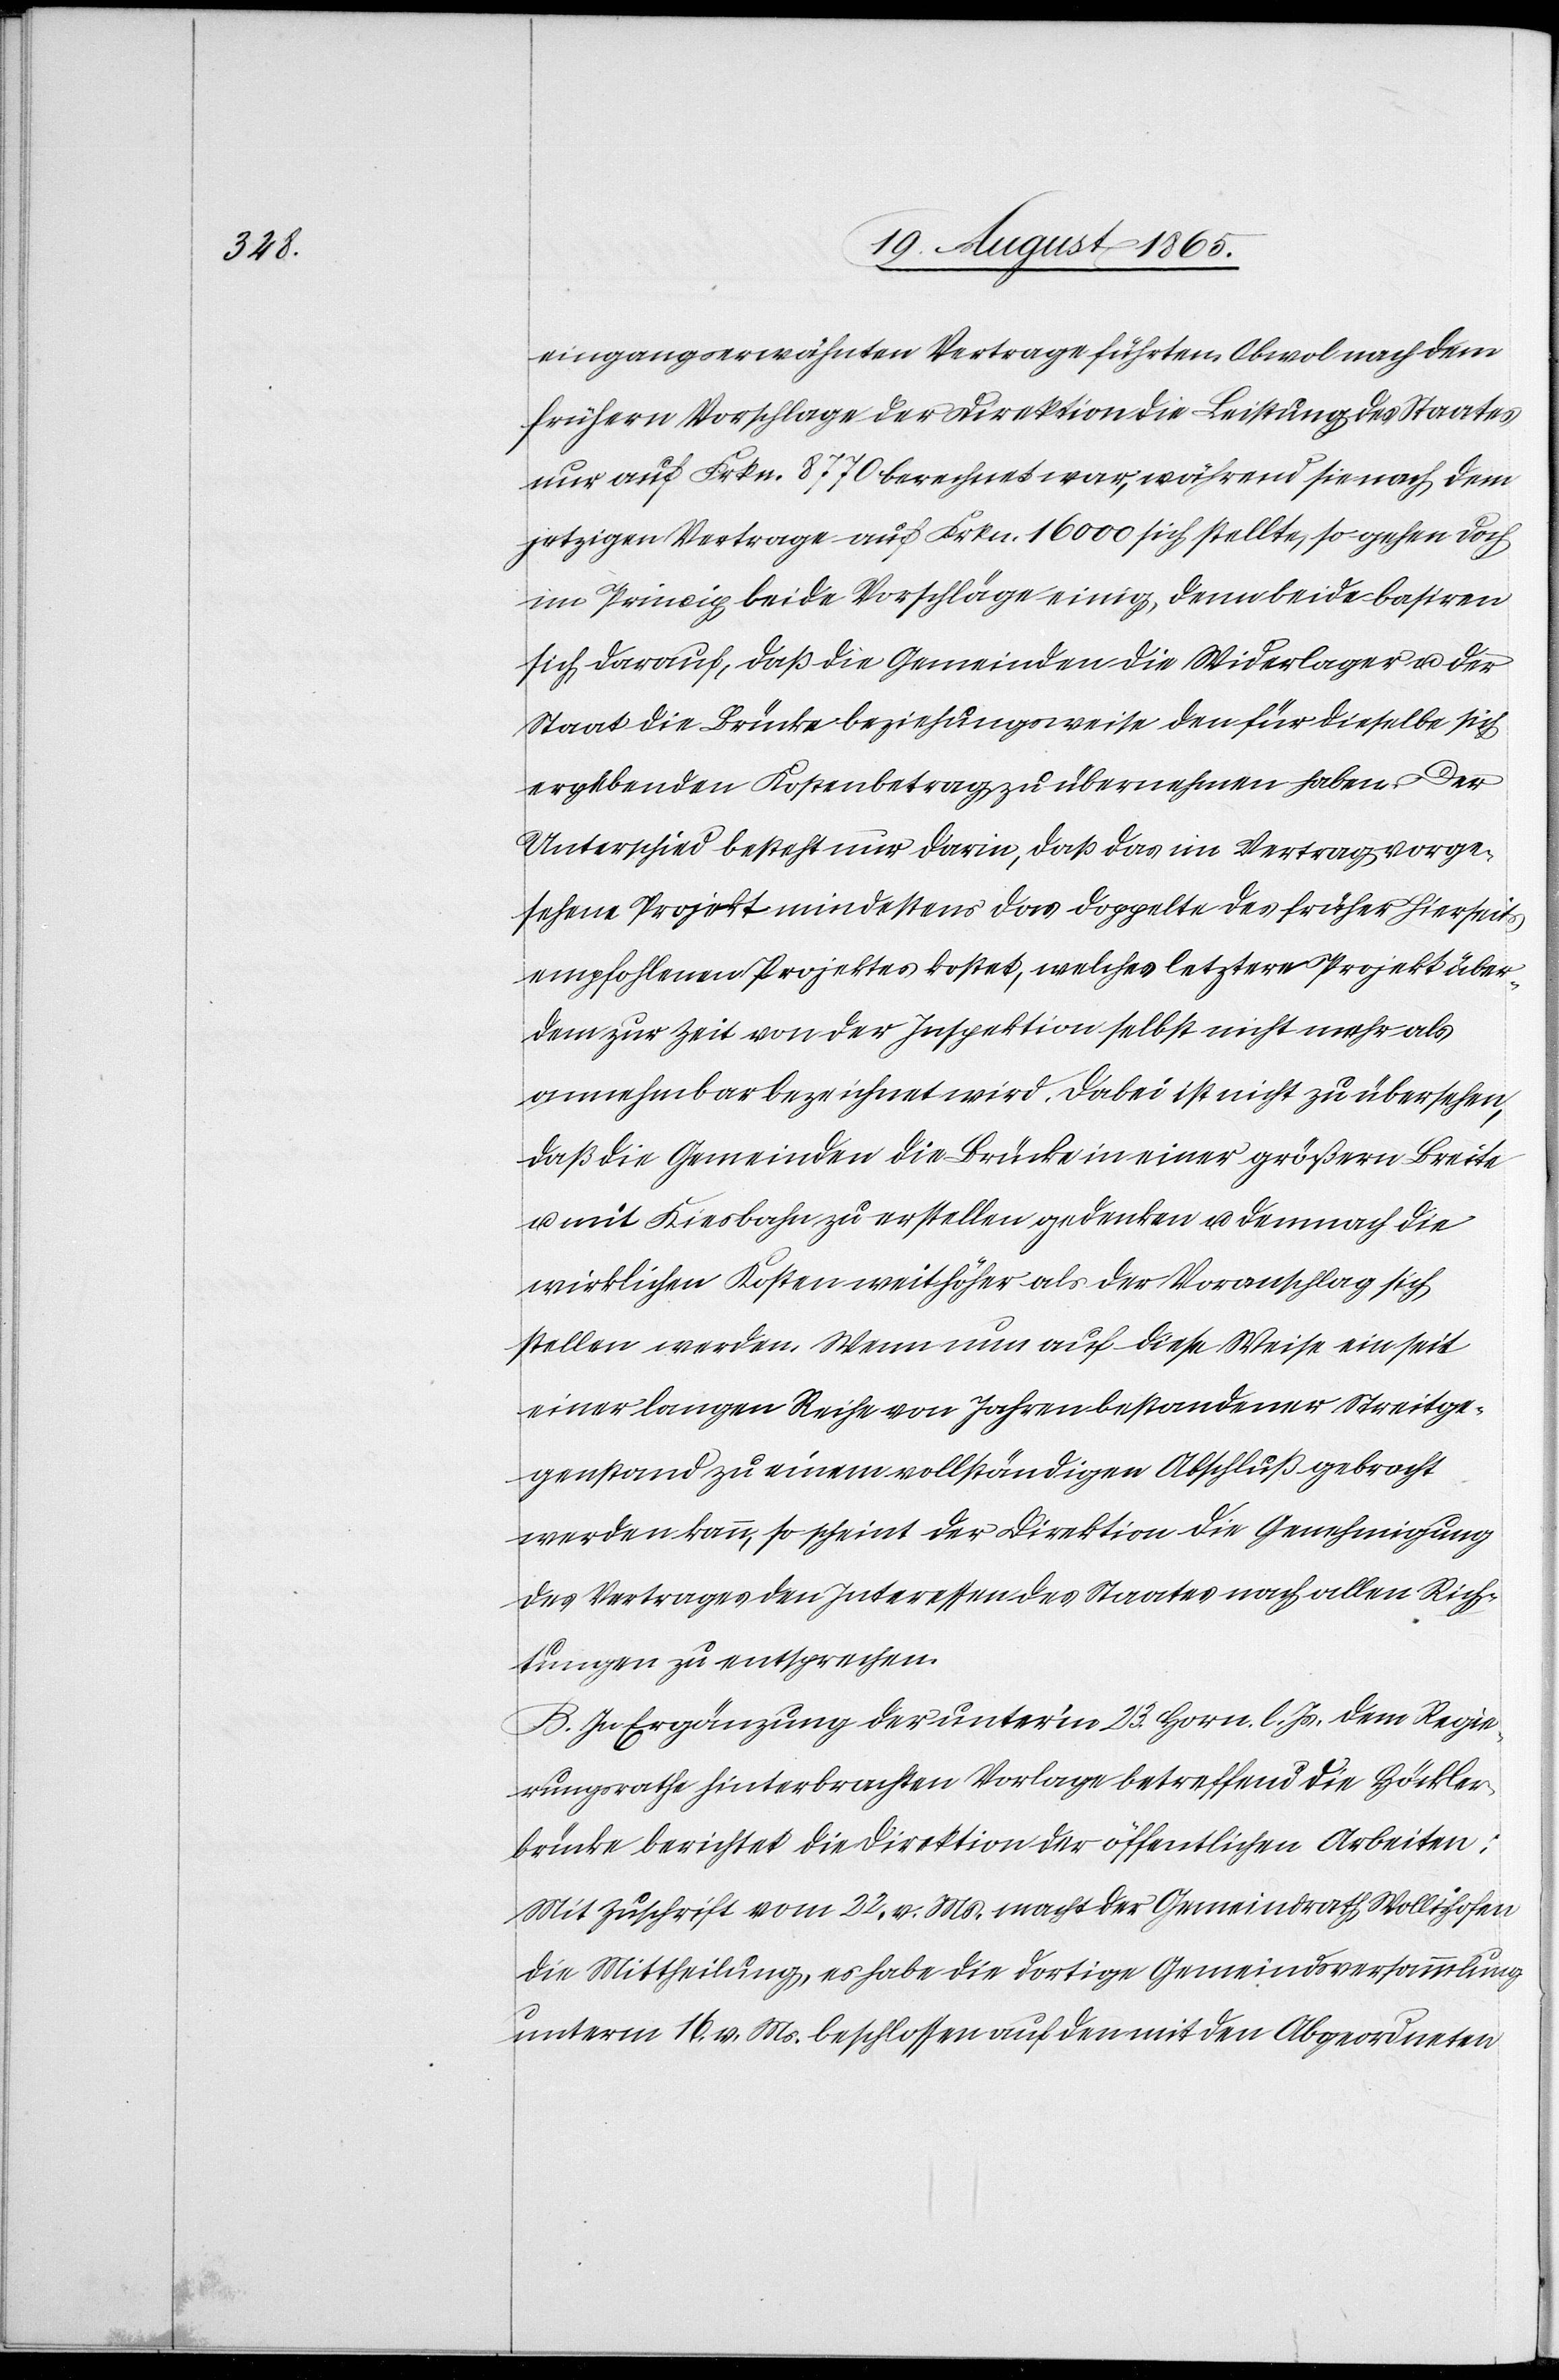
eingangserwähnten Vertrage führten. Obwol nach dem
frühern Vorschlage der Direktion die Leistung des Staates
nur auf Frkn. 8770 berechnet war, während sie nach dem
jetzigen Vertrage auf Frkn. 16 000 sich stellte, so gehen doch
im Princip beide Vorschläge einig, denn beide basiren
sich darauf, daß die Gemeinden die den für dieselbe
ergebenden Kostenbetrag zu übernehmen haben. Der
Unterschied besteht nur darin, daß das im Vertrag vorge¬
sehene Projekt mindestens das Doppelte des früher hierseits
empfohlenen Projektes kostet, welches letztere Projekt über¬
dem zur Zeit von der Inspektion selbst nicht mehr als
annehmbar bezeichnet wird. Dabei ist nicht zu übersehen,
daß die Gemeinden die Brücke in einer größern Breite
u. mit Kiesbahn zu erstellen gedenken u. demnach die
wirklichen Kosten weit höher als der Voranschlag sich
stellen werden. Wenn nun auf dieses Weise ein seit
einer langen Reihe von Jahren bestandener Streitge¬
genstand zu einem vollständigen Abschluß gebracht
werden kann, so scheint der Direktion die Genehmigung
des Vertrages den Interessen des Staates nach allen Rich¬
tungen zu entsprechen.
B. In Ergänzung der unter’m 23. Horn. l. Js. dem Regie¬
rungsrathe hinterbrachten Vorlage betreffend die Höckler¬
brücke berichtet die Direktion der öffentlichen Arbeiten:
Mit Zuschrift vom 22. v. Ms. macht der Gemeindrath Wollishofen
die Mittheilung, es habe die dortige Gemeindsversammlung
unterm 16. v. Ms. beschlossen auf den mit den Abgeordneten